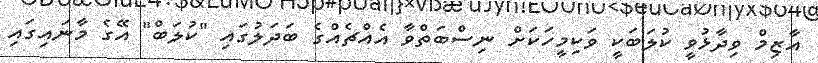
އާޒިމް ވިދާޅުވީ ކުލަބަކީ ވަކިމީހަކަށް ނިސްބަތްވާ އެއްޗެއްގެ ބަދަލުގައި "ކުލަބް" އޭގެ މާނައިގައި